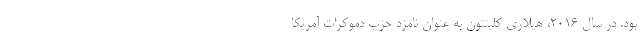
بود. در سال ۲۰۱۶، هیلاری کلینتون به عنوان نامزد حزب دموکرات آمریکا